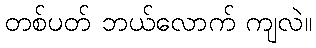
တစ်ပတ် ဘယ်လောက် ကျလဲ။